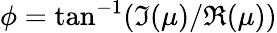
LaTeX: \phi=\tan^{-1}(\Im(\mu)/\Re(\mu))